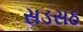
સડસઠ